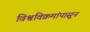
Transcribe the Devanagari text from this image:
विश्वविक्रमांपासून